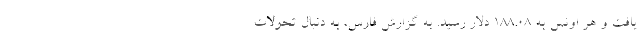
یافت و هر اونس به 188.08 دلار رسید. به گزارش فارس، به دنبال تحولات